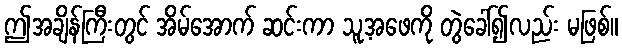
ဤအချိန်ကြီးတွင် အိမ်အောက် ဆင်းကာ သူ့အဖေကို တွဲခေါ်၍လည်း မဖြစ်။